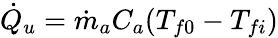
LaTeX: \begin{array}{r}{{\dot{Q}}_{u}={\dot{m}}_{a}C_{a}(T_{f0}-T_{fi})}\end{array}